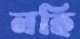
নহি